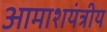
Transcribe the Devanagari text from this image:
आमाशयंत्रीय